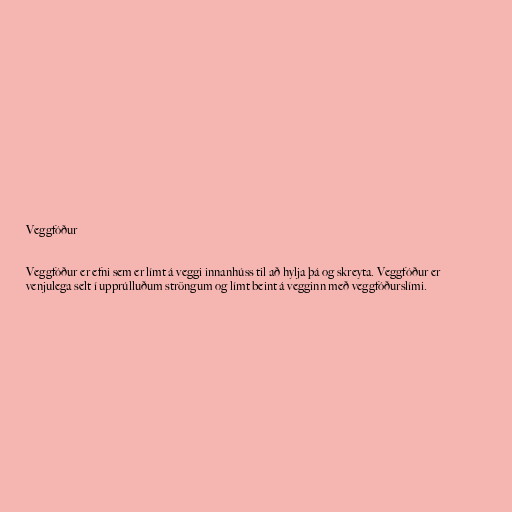
Veggfóður

Veggfóður er efni sem er límt á veggi innanhúss til að hylja þá og skreyta. Veggfóður er
venjulega selt í upprúlluðum ströngum og límt beint á vegginn með veggfóðurslími.